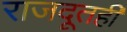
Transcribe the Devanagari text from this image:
राजदूतही